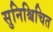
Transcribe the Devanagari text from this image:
सुनिश्चिचित